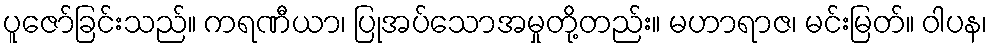
ပူဇော်ခြင်းသည်။ ကရဏီယာ၊ ပြုအပ်သောအမှုတို့တည်း။ မဟာရာဇ၊ မင်းမြတ်။ ဝါပန၊